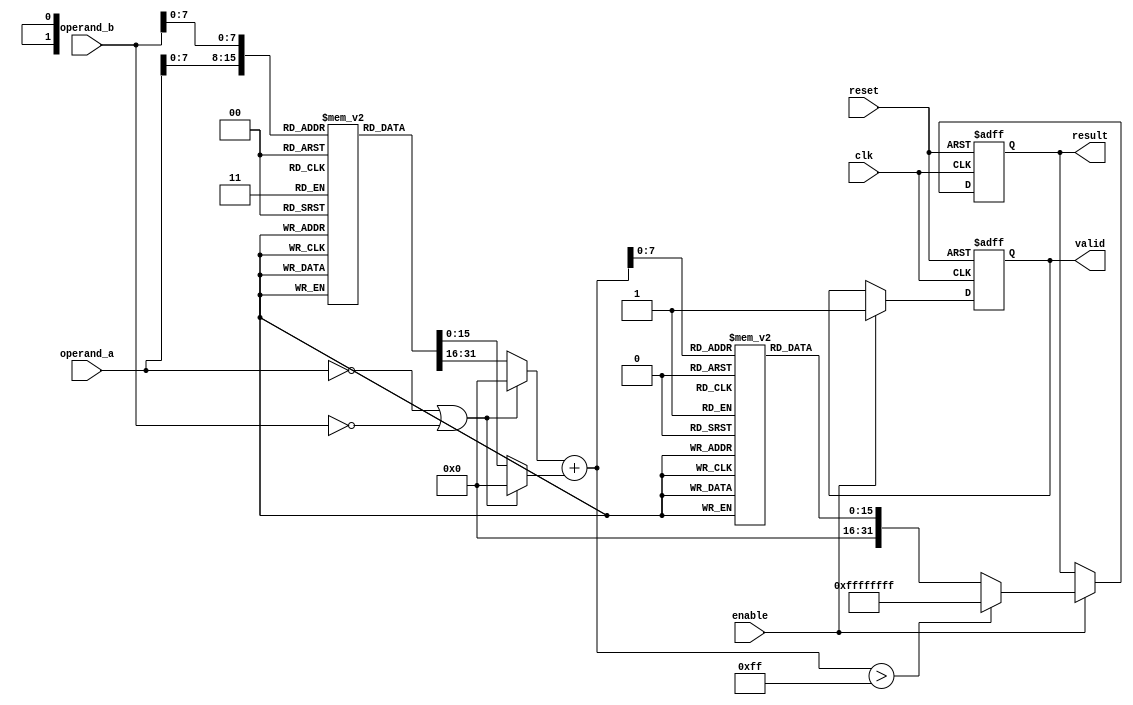
module LogarithmicMultiplier (
    input wire clk,
    input wire reset,
    input wire enable,
    input wire [15:0] operand_a, // Example input width (16-bit)
    input wire [15:0] operand_b, // Example input width (16-bit)
    output reg [31:0] result,     // Output width (32-bit)
    output reg valid               // Result valid signal
);

// Logarithm and Exponential LUTs
reg [15:0] log_lut [0:255];      // Lookup table for logarithm
reg [15:0] exp_lut [0:255];      // Lookup table for exponential

// Internal variables
reg [15:0] log_a, log_b;
reg [15:0] log_sum;

// Initialization of LUTs (for demonstration, typically done in an initial block)
initial begin
    // Populate log_lut and exp_lut with actual values
    // For example:
    // log_lut[0] = 0; // log(1)
    // log_lut[1] = 0; // log(2)
    // ... Populate appropriately
    // exp_lut[0] = 1; // exp(0)
    // exp_lut[1] = <some_value>; // exp(1)
    // ... Populate appropriately
end

// Logarithmic conversion
always @(*) begin
    if (operand_a == 0 || operand_b == 0) begin
        log_a = 0; // Logarithm of zero is undefined, handle as needed
        log_b = 0;
    end else begin
        log_a = log_lut[operand_a[7:0]]; // Take lower 8 bits for LUT index
        log_b = log_lut[operand_b[7:0]];
    end
end

// Addition in the logarithmic domain
always @(*) begin
    log_sum = log_a + log_b;
end

// Exponential conversion and result generation
always @(posedge clk or posedge reset) begin
    if (reset) begin
        result <= 0;
        valid <= 0;
    end
    else if (enable) begin
        // Check for overflow in log_sum
        if (log_sum > 255) begin
            result <= 32'hFFFFFFFF; // Indicate overflow (you may choose a different handling)
            valid <= 1;
        end else begin
            result <= exp_lut[log_sum]; // Get antilogarithm
            valid <= 1;
        end
    end
end

endmodule